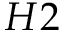
H 2